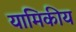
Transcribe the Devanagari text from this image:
यामिकीय